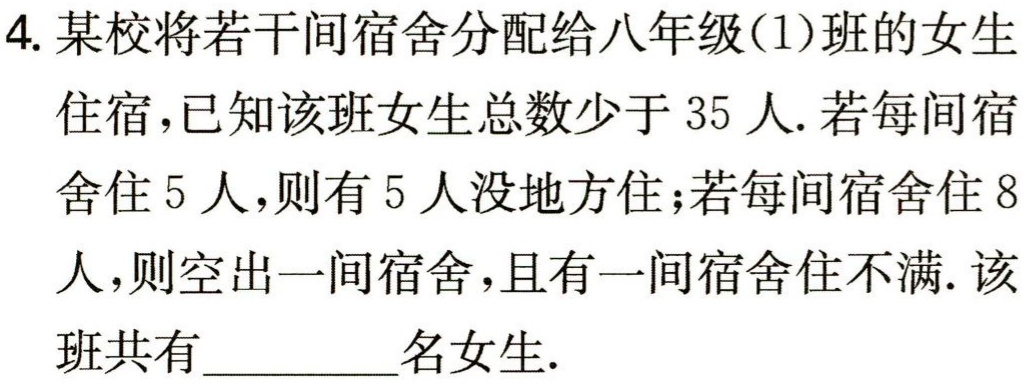
4. 某校将若干间宿舍分配给八年级(1)班的女生

住宿，已知该班女生总数少于 35 人. 若每间宿

舍住 5 人，则有 5 人没地方住；若每间宿舍住 8

人，则空出一间宿舍，且有一间宿舍住不满. 该

班共有________名女生.